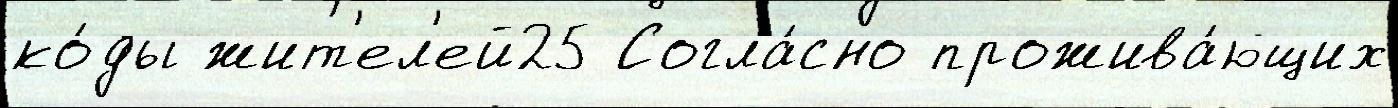
ко́ды жит'ел'ей25 Согла́сно прожива́ющих